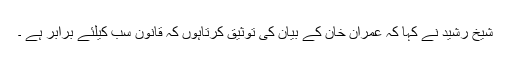
شیخ رشید نے کہا کہ عمران خان کے بیان کی توثیق کرتاہوں کہ قانون سب کیلئے برابر ہے ۔